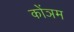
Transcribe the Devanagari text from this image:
कोंञम